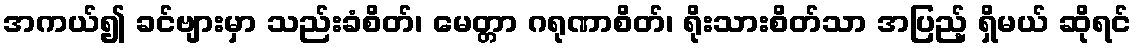
အကယ်၍ ခင်ဗျားမှာ သည်းခံစိတ်၊ မေတ္တာ ဂရုဏာစိတ်၊ ရိုးသားစိတ်သာ အပြည့် ရှိမယ် ဆိုရင်